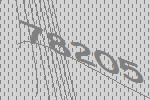
78205